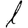
Digit: 1